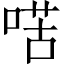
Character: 𠸋